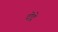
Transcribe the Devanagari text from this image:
दोद्रे